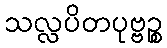
သလ္လပိတပုဗ္ဗဉ္စ